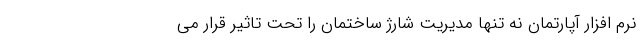
نرم افزار آپارتمان نه تنها مدیریت شارژ ساختمان را تحت تاثیر قرار می